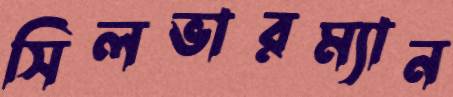
সিলভারম্যান